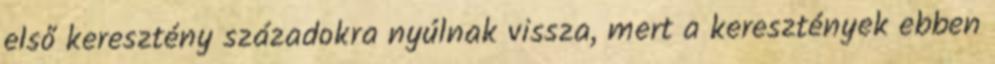
első keresztény századokra nyúlnak vissza, mert a keresztények ebben